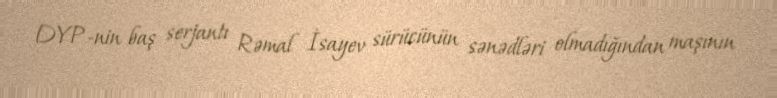
DYP-nin baş serjantı Rəmal İsayev sürücünün sənədləri olmadığından maşının